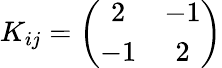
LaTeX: K_{ij}=\left(\begin{array}{cc}{{2}}&{{-1}}\\ {{-1}}&{{2}}\end{array}\right)